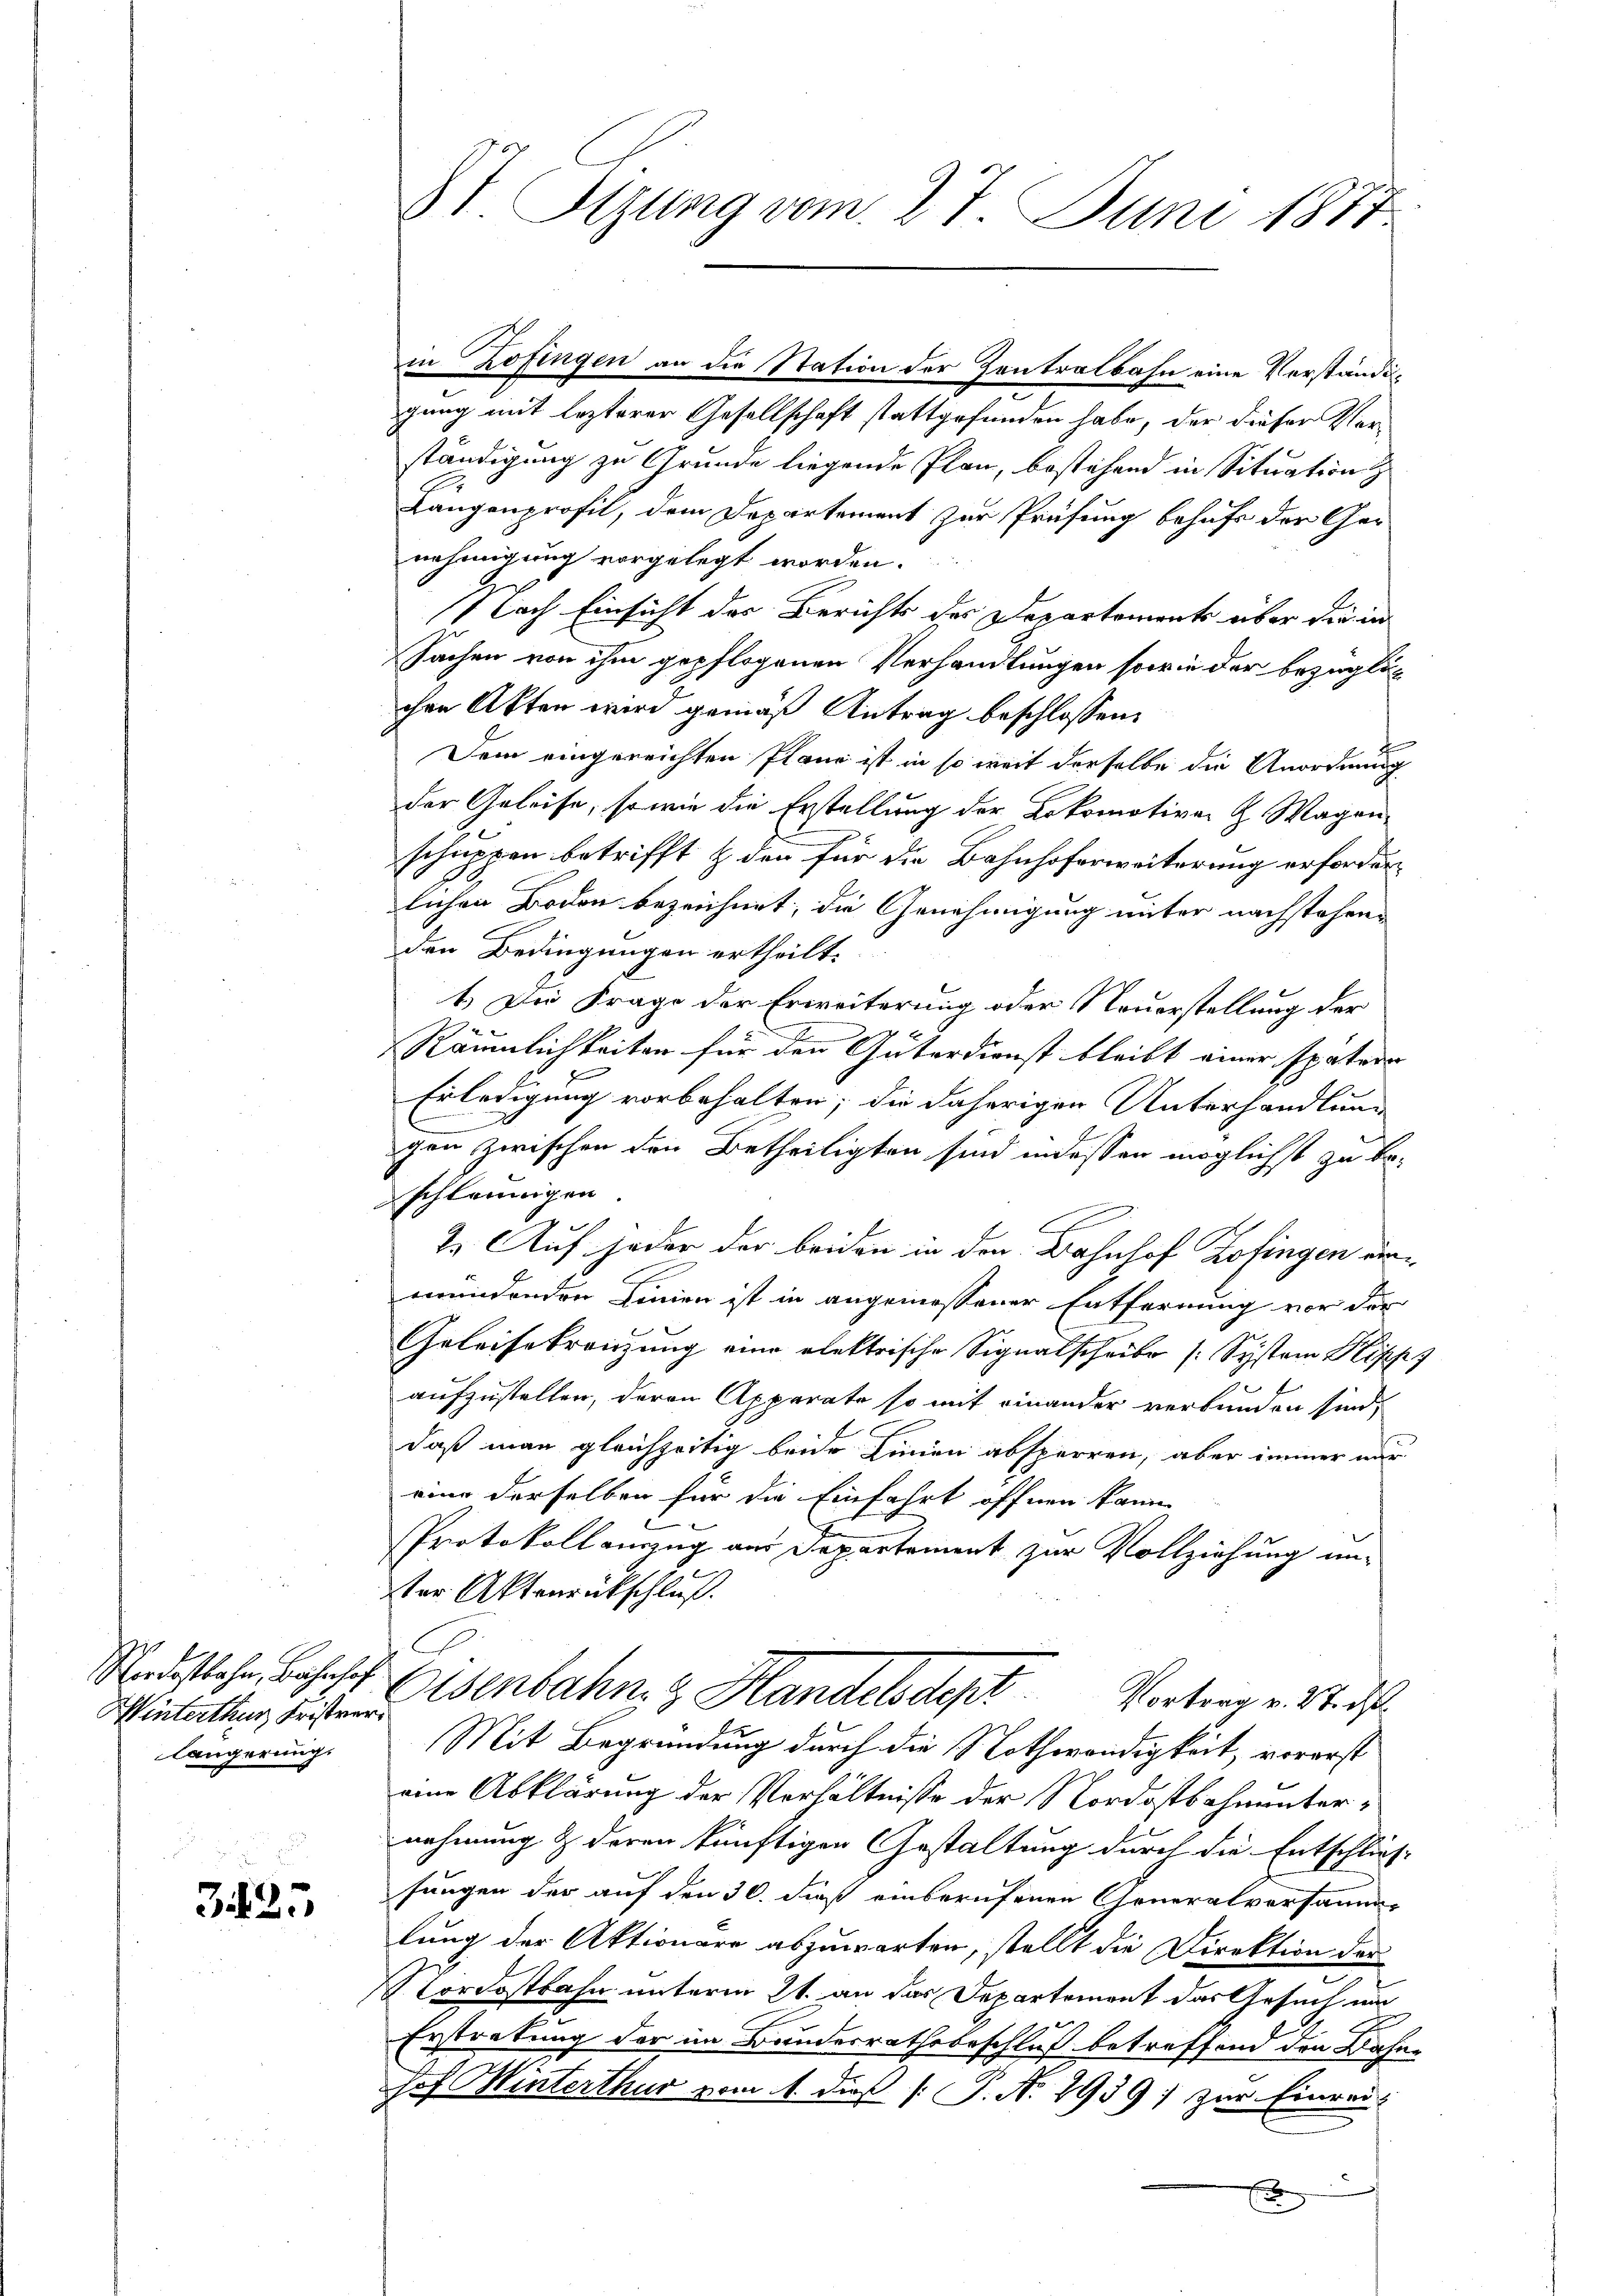
Nordostbahn, Bahnhof
Winterthur Fristverlängerung.

3425

3t Sizung vom 27. Juni 1877.

in Zofingen an die Station der Zentralbahn eine Verständigung mit lezterer Gesellschaft stattgefunden habe, der dieser Verständigung zu Grunde liegende Plan, bestehend in Situation z
Längenprofil, dem Departement zur Prüfung behufs der Genehmigung vorgelegt worden.
1
Nach Einsicht des Berichts des Departements über die in
Sachen von ihm gepflogenen Verhandlungen sowie der bezüglich
chen Akten wird gemäß Antrag beschlossen:
Dem eingereichten Plane ist in so weit derselbe die Anordnung
der Geleise, so wie die Erstellung der Lokomotiven H. Magenschuppen betrifft & den für die Bahnhoferweiterung erforderlichen Boden bezeichnet, die Genehmigung unter nachstehen
den Bedingungen ertheilt.
1.) Die Frage der Erweiterung oder Neuerstellung der
Räumlichkeiten für den Güterdienst bleibt einer spätere
Erledigung vorbehalten; die daherigen Unterhandlung
gen zwischen den Betheiligten sind indessen möglichst zu beschleunigen.

2. Auf jeder der beiden in den Bahnhof Zofingen einmündenden Linien ist in angemessener Entfernung vor der
Geleisebreichung eine elektrische Signalscheibe (System Klipp
f
aufzustellen, deren Apparate so mit einander verbunden sind,
daß man gleichzeitig beide Linien absperren, aber immer nur
eine derselben für die Einfahrt öffnen kann
Protokoll einzug aus Departement zur Vollziehung unter Aktenrückschluß.
Eisenbahn & Handelsdept. Vortrag v. Stift
Mit Begründung durch die Nothwendigkeit, vorerst
eine Abklärung der Verhältnisse der Nordostbahnunternehmung & deren künftigen Gestaltung durch die Entschlies
fungen der auf den 30. dieß einberufenen Generalversamm-
lung der Aktionare abzuwarten, stellt die Direktion der
Nordostbahn unterm 21. an das Departement das Gesuch und
Erstratung der im Bundesrathsbeschluß betreffend den Bahnhof Winterthur vom 4. dieß [ P. Nr. 2939; zur Einrei
E